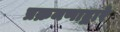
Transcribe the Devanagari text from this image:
प्रक्रमणाद्वारे